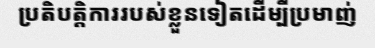
ប្រតិបត្តិការរបស់ខ្លួនទៀតដើម្បីប្រមាញ់